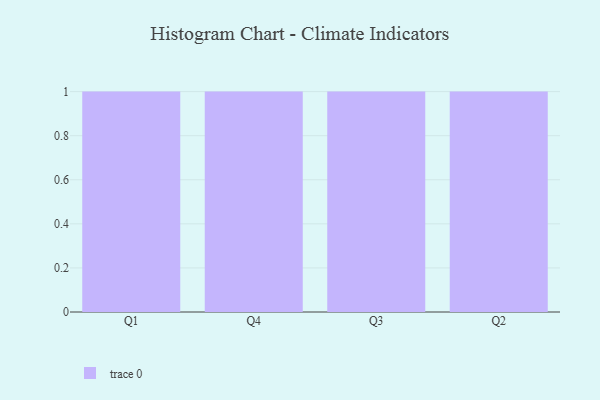
{"axis": {"x": "Quarter", "y": "Website Visitors"}, "legend": [""], "data": [{"x": "Q1", "y": 32, "type": ""}, {"x": "Q4", "y": 32, "type": ""}, {"x": "Q3", "y": 67, "type": ""}, {"x": "Q2", "y": 3, "type": ""}]}